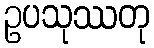
ဥပသုဿတု